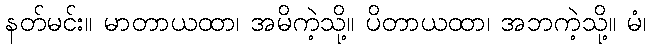
နတ်မင်း။ မာတာယထာ၊ အမိကဲ့သို့။ ပိတာယထာ၊ အဘကဲ့သို့။ မံ၊